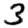
Digit: 3